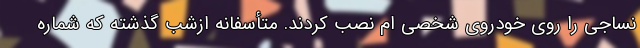
نساجی را روی خودروی شخصی ام نصب کردند. متأسفانه ازشب گذشته که شماره